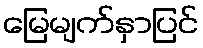
မြေမျက်နှာပြင်